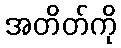
အတိတ်ကို